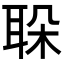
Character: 𦕰